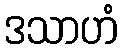
ဒသာဟံ